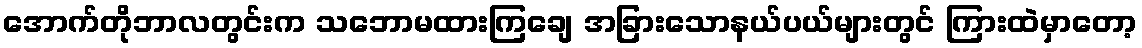
အောက်တိုဘာလတွင်းက သဘောမထားကြချေ အခြားသောနယ်ပယ်များတွင် ကြားထဲမှာတော့